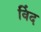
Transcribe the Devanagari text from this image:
विंद